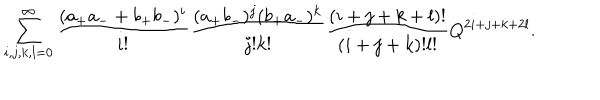
\sum _ { i , j , k , l = 0 } ^ { \infty } \frac { ( a _ { + } a _ { - } + b _ { + } b _ { - } ) ^ { i } } { i ! } \frac { ( a _ { + } b _ { - } ) ^ { j } ( b _ { + } a _ { - } ) ^ { k } } { j ! k ! } \frac { ( i + j + k + l ) ! } { ( i + j + k ) ! l ! } Q ^ { 2 i + j + k + 2 l } .